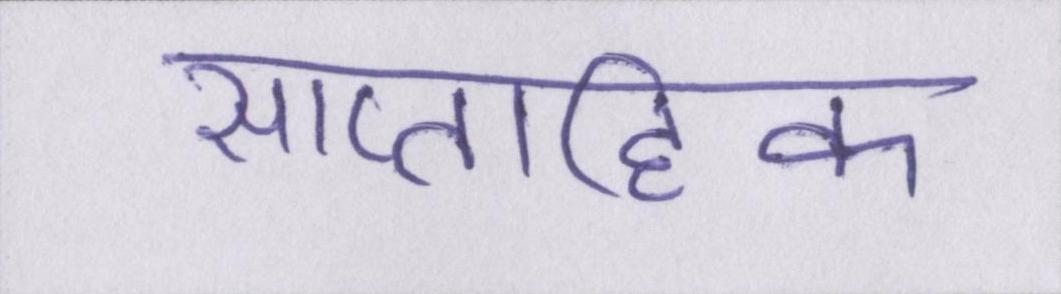
साप्ताहिक